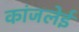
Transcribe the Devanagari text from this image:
कांजलेई